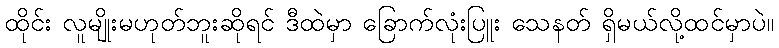
ထိုင်း လူမျိုးမဟုတ်ဘူးဆိုရင် ဒီထဲမှာ ခြောက်လုံးပြူး သေနတ် ရှိမယ်လို့ထင်မှာပဲ။